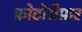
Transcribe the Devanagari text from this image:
फ़ोटोग्रैफ़र